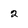
Character: 2